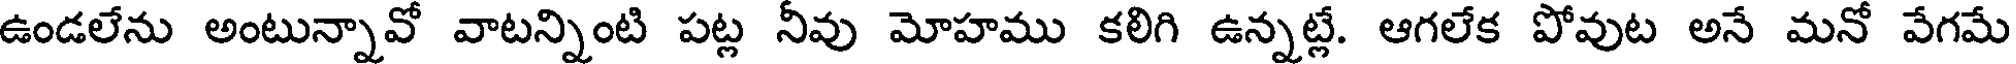
ఉండలేను అంటున్నావో వాటన్నింటి పట్ల నీవు మోహము కలిగి ఉన్నట్లే. ఆగలేక పోవుట అనే మనో వేగమే